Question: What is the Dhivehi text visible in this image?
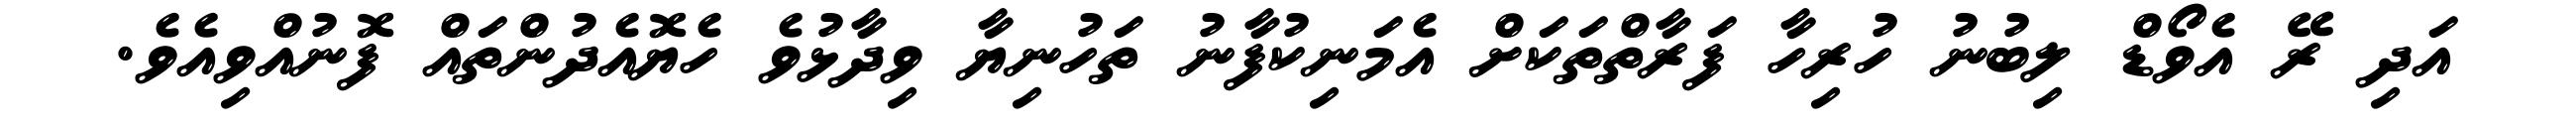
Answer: އަދި ރޭ އެވޯޑް ލިބުނު ހުރިހާ ފަރާތްތަކަށް އެމަނިކުފާނު ތަހުނިޔާ ވިދާޅުވެ ހެޔޮއެދުންތައް ފޮނުއްވިއެވެ.